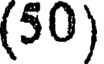
(50)